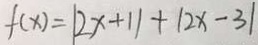
f ( x ) = \vert 2 x + 1 \vert + \vert 2 x - 3 \vert